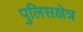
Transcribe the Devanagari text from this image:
पुलिसक्षेत्र